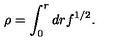
\rho = \int _ { 0 } ^ { r } d r f ^ { 1 / 2 } .